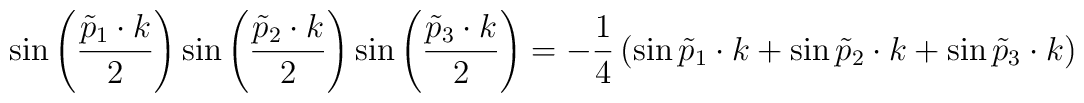
\sin\left(\frac{\tilde{p}_{1}\cdot  k}{2}\right)\sin\left(\frac{\tilde{p}_{2}\cdot  k}{2}\right)\sin\left(\frac{\tilde{p}_{3}\cdot k}{2}\right) = -  \frac{1}{4}\left(\sin \tilde{p}_{1}\cdot k + \sin \tilde{p}_{2}\cdot  k + \sin \tilde{p}_{3}\cdot k\right)